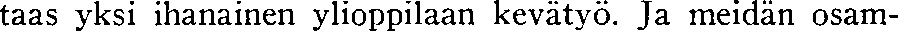
taas yksi ihanainen ylioppilaan kevätyö. Ja meidän osam-